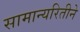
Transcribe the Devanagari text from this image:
सामान्यरितीने